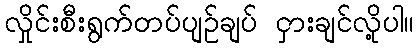
လှိုင်းစီးရွက်တပ်ပျဉ်ချပ် ငှားချင်လို့ပါ။